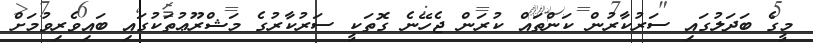
މީގެ ބަދަލުގައި ސަރުކާރުން ކަންތައް ކުރަން ޖެހޭނެ ގޮތަކީ ސަރުކާރުގެ މަޝްރޫޢުތަކުގައި ބައިވެރިވުމަށް